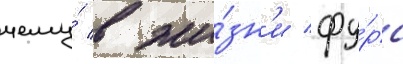
чему́ в жи́зн'и фу́рс